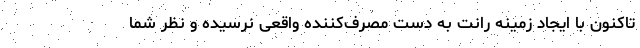
تاکنون با ایجاد زمینه رانت به دست مصرف‌کننده واقعی نرسیده و نظر شما